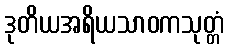
ဒုတိယအရိယသာဝကသုတ္တံ